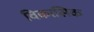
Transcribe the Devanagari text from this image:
विकासिक